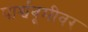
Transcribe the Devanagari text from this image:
पार्श्वबूमीवर